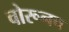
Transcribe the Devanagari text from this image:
चोरूनच